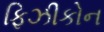
ફિઝીકોન